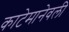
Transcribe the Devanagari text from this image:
काटेमानेवली